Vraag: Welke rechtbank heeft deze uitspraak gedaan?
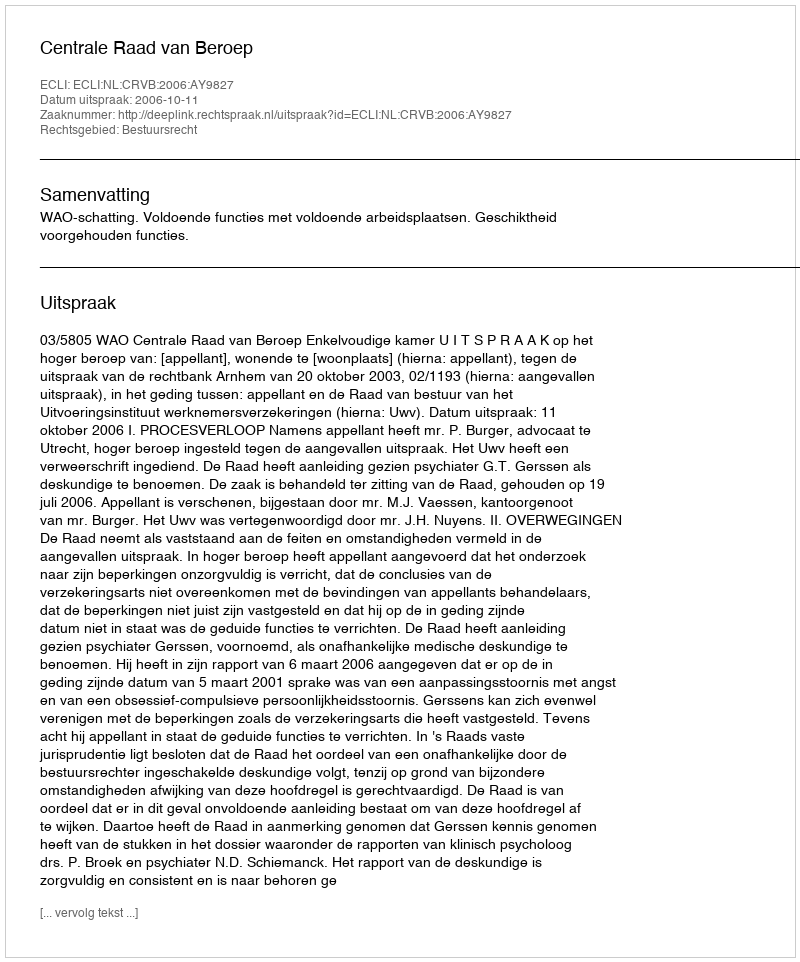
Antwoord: Centrale Raad van Beroep